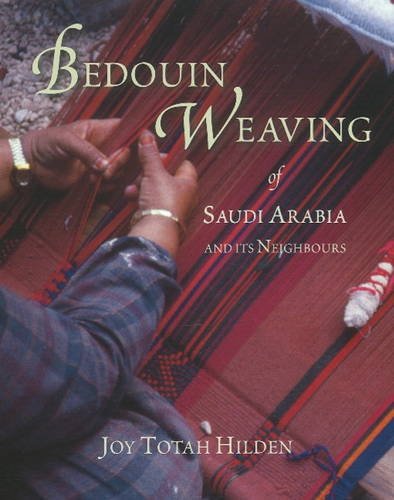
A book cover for Bedouin Weaving of Saudi Arabia and its Neighbours; Joy Totah Hilden; History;